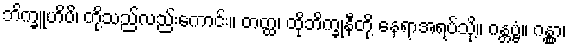
ဘိက္ခူဟိပိ၊ တို့သည်လည်းကောင်း။ တတ္ထ၊ ထိုဘိက္ခုနီတို့ နေရာအရပ်သို့။ ဂန္တဗ္ဗံ။ ဂန္တွာ၊